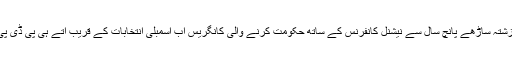
کیونکہ تازہ میڈیا رپورٹوں میں یہ انکشاف کیا گیا ہے کہ گزشتہ ساڑھے پانچ سال سے نیشنل کانفرنس کے ساتھ حکومت کرنے والی کانگریس اب اسمبلی انتخابات کے قریب آتے ہی پی ڈی پی کے ساتھ انتخابی گٹھ جو ڑ کرنے کی کوشش کررہی ہے۔